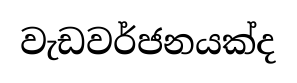
වැඩවර්ජනයක්ද